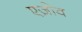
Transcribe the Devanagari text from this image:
एज़ोव